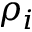
\rho _ { i }